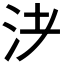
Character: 𰛌